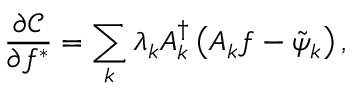
\frac { \partial \mathcal { C } } { \partial f ^ { * } } = \sum _ { k } \lambda _ { k } \boldsymbol { A } _ { k } ^ { \dagger } \left( \boldsymbol { A } _ { k } f - \tilde { \psi } _ { k } \right) ,